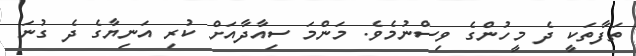
ތަފާތަކީ ދެ މީހުންގެ ވިސްނުމެވެ. މަންމަ ސިއާދާއަށް ކުރި އަނިޔާގެ ދެ ގުނަ